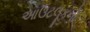
આઉટલૂકનો